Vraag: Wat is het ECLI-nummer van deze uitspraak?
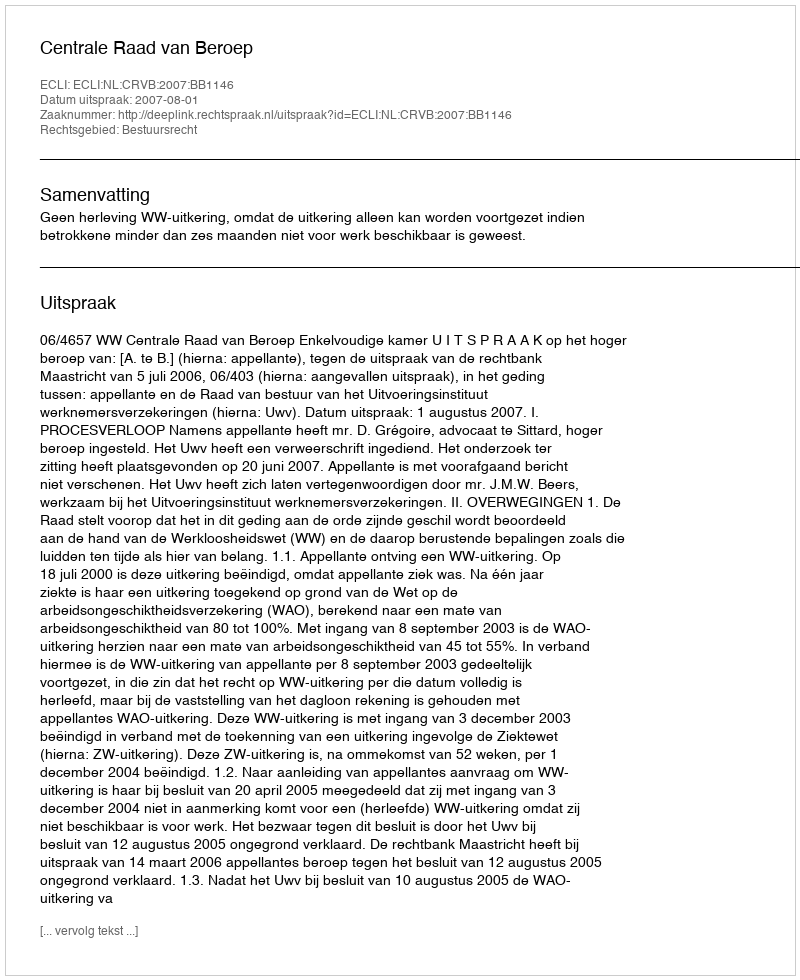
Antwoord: ECLI:NL:CRVB:2007:BB1146